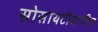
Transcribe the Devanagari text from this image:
सोसायटीमागील